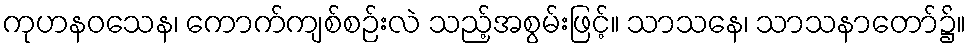
ကုဟနဝသေန၊ ကောက်ကျစ်စဉ်းလဲ သည့်အစွမ်းဖြင့်။ သာသနေ၊ သာသနာတော်၌။